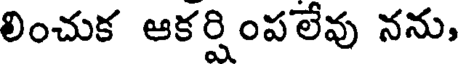
లించుక ఆకర్షింపలేవు నను,